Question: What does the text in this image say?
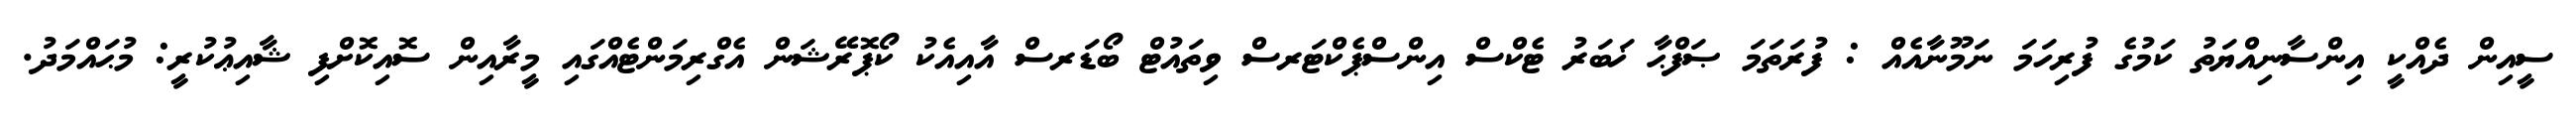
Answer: ސީއިން ދެއްކީ އިންސާނިއްޔަތު ކަމުގެ ފުރިހަމަ ނަމޫނާއެއް : ފުރަތަމަ ޞަފްޙާ ޚަބަރު ޓެކްސް އިންސްޕެކްޓަރސް ވިތައުޓް ބޯޑަރސް އާއިއެކު ކޯޕޮރޭޝަން އެގްރިމަންޓެއްގައި މީރާއިން ސޮއިކޮށްފި ޝާއިޢުކުރީ: މުޙައްމަދު.